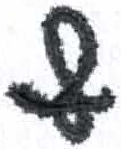
אות: ף